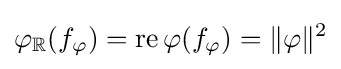
\varphi _{\mathbb {R} }(f_{\varphi })=\operatorname {re} \varphi (f_{\varphi })=\|\varphi \|^{2}